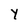
Character: Y